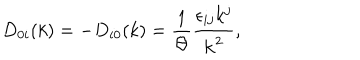
D _ { 0 i } ( k ) = - D _ { i 0 } ( k ) = \frac 1 \Theta \frac { \epsilon _ { i j } k ^ { j } } { { \bf k } ^ { 2 } } ,